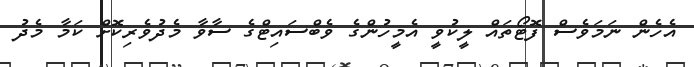
އެހެން ނަމަވެސް ފޮޓޯތައް ލީކުވީ އެމީހުންގެ ވެބްސައިޓްގެ ސާވާ މެދުވެރިކޮށް ކަމާ މެދު